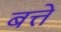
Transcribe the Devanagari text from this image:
बत्ते